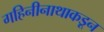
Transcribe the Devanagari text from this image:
गहिनीनाथाकडून